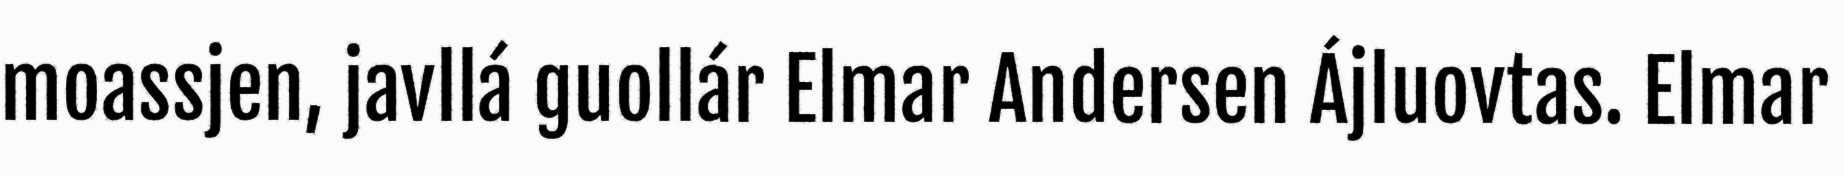
moassjen, javllá guollár Elmar Andersen Ájluovtas. Elmar